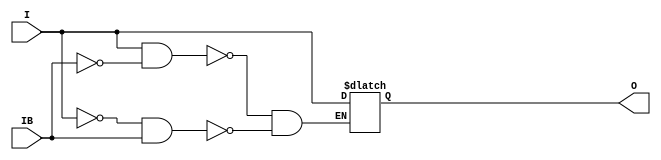
// $Header: /devl/xcs/repo/env/Databases/CAEInterfaces/verunilibs/data/unisims/IBUFGDS_LVDS_33.v,v 1.6 2007/05/23 21:43:34 patrickp Exp $
///////////////////////////////////////////////////////////////////////////////
// Copyright (c) 1995/2004 Xilinx, Inc.
// All Right Reserved.
///////////////////////////////////////////////////////////////////////////////
//   ____  ____
//  /   /\/   /
// /___/  \  /    Vendor : Xilinx
// \   \   \/     Version : 10.1
//  \   \         Description : Xilinx Functional Simulation Library Component
//  /   /                  Differential Signaling Input Clock Buffer with LVDS_33 I/O Standard
// /___/   /\     Filename : IBUFGDS_LVDS_33.v
// \   \  /  \    Timestamp : Thu Mar 25 16:42:25 PST 2004
//  \___\/\___\
//
// Revision:
//    03/23/04 - Initial version.
//    05/23/07 - Changed timescale to 1 ps / 1 ps.

`timescale  1 ps / 1 ps


module IBUFGDS_LVDS_33 (O, I, IB);

    output O;

    input  I, IB;

    reg o_out;

    buf b_0 (O, o_out);

    always @(I or IB) begin
	if (I == 1'b1 && IB == 1'b0)
	    o_out <= I;
	else if (I == 1'b0 && IB == 1'b1)
	    o_out <= I;
    end


endmodule